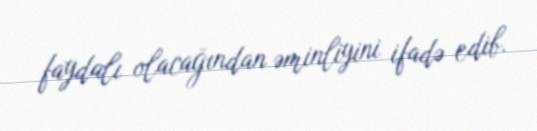
faydalı olacağından əminliyini ifadə edib.